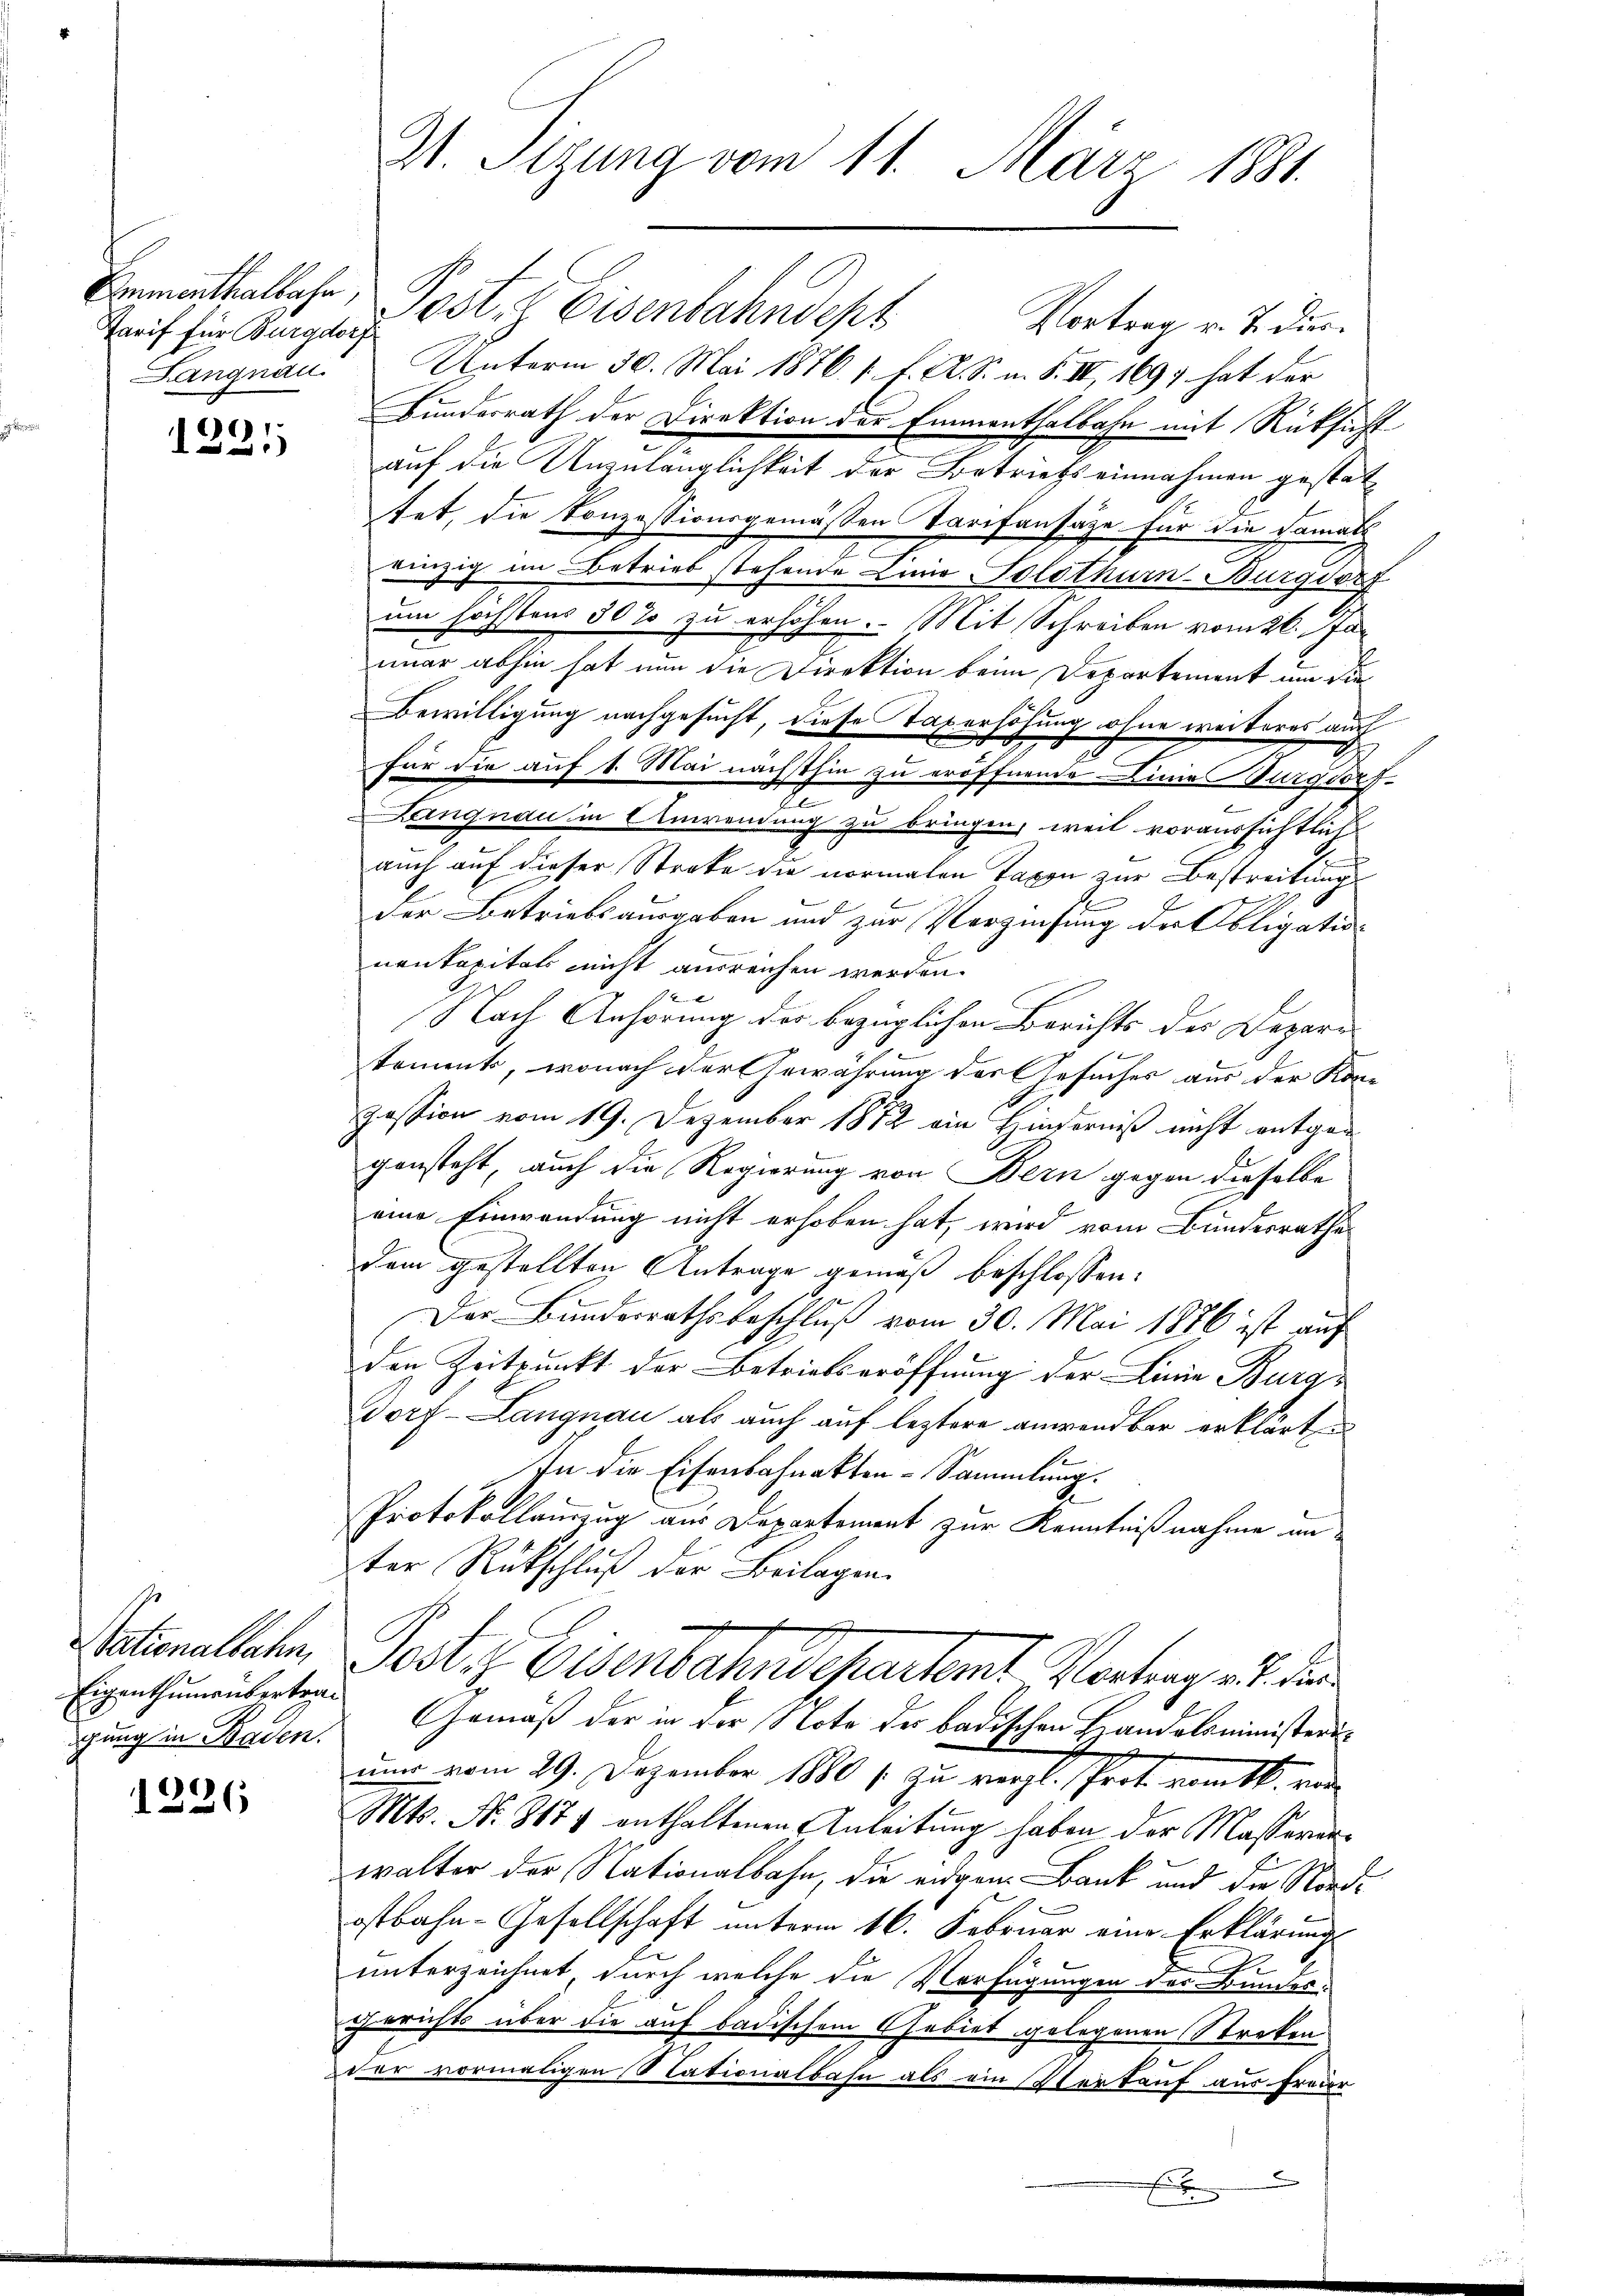
Tarif für Burgdorf
Langnau.

1226

1
)

Stationalbahn,
Eigenthumenbertragung in Baden.

Zt. Sigung vom 11. März 1881.

Enmattallahr, Post & Eisenbahndept
Vortrag v. J. dur
Unterm 30. Mai 1876 s. f. A. S. n. F. II, 169) hat der
Bunderrath der Direktion der Emmenthalbahn mit Rücksicht
auf die Unzulänglichkeit der Betriebs einnahmen gestatt
tet, die Konzessionsgemäßen Tarifensatze für die damals
einzig im Betrieb stehende Linio Solothurn-Burgdorf
um höchstens 30% zu erhöhen. Mit Schreiben vom 26. Jaimar abhin hat nun die Direktion beim Departement um die
Bewilligung nachgesucht, diese Taxerhöhung ohne weiteres auch
für die auf 1. Mai nächsthin zu eröffnende Linie Burgdorf-
Langnau in Anwendung zu bringen, weil voraussichtlich
auch auf dieser Streke die normalen Taxen zur Bestreitung
der Betriebsausgaben und zur Verzinsung der Obligation
nenkapitals nicht ausreichen werden.
Nach Anhörung der bezüglichen Berichts des Depari
koments, wonach der Gewährung des Gesuches aus der Kon-
Zession vom 19. Dezember 1882 ein Hinderniß nicht entge
gensteht, auch die Regierung von Bern gegen dieselbe
eine Einwendung nicht erhoben hat, wird vom Bundesrathes
dem gestellten Antrage gemäß beschlossen:
Der Bundesrathsbeschluß vom 30. Mai 1886 ist auf
den Zeitpunkt der Betriebseröffnung der Linie Burg¬
Dorf-Langnau als auch auf leztere anwendbar erklärten
In die Eisenbahnakten-Sammlung.
l
Protokollauszug aus Departement zur Kenntnißnahme unter Rükschluß der Beilagen.
Postz Eisenbahndepartamt Vortrag an den
Gemäß der in der Note des badischen Handelsministerinur vom 29. Dezember 1880 / zu vergl. Prot. vom 16. von
Mts. N. 8177 enthaltenen Anleitung haben der Massererwalter der Nationalbahn, die eigen Bank und die Nordostbahn-Gesellschaft unterm 16. Februar eine Erklärungs
unterzeichnet, durch welche die Verfügungen des Bundes-
Gerichts über die auf badischem Gebiet gelegenen Streken
wer vormaligen Nationalbahn als ein Verkauf aus Freier